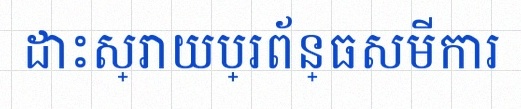
ដោះស្រាយប្រព័ន្ធសមីការ